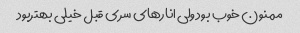
ممنون خوب بود ولی انارهای سری قبل خیلی بهتربود